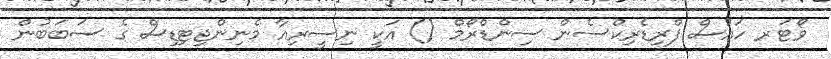
ވޯޓަރ ހައުސް ފްރިޑެރިކްސެން ސިންޑްރޯމް () އަކީ ނިސީރިއާ މެނިންޖިޓިޑިސް ގެ ސަބަބުން